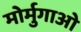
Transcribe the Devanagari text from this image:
मोर्मुगाओ